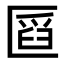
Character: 𠥒